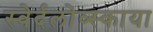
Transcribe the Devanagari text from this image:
स्वेर्दलोव्स्काया